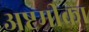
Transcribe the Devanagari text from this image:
अष्टमीका